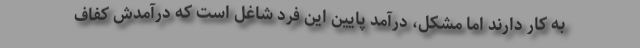
به کار دارند اما مشکل، درآمد پایین این فرد شاغل است که درآمدش کفاف